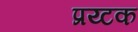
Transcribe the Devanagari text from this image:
प्रय्टक